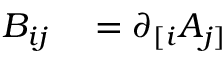
\begin{array} { r l } { B _ { i j } } & { { } = \partial _ { [ i } A _ { j ] } } \end{array}